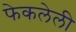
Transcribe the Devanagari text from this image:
फेकलेली